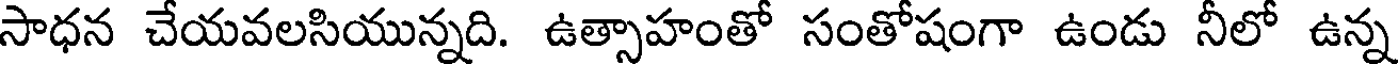
సాధన చేయవలసియున్నది. ఉత్సాహంతో సంతోషంగా ఉండు నీలో ఉన్న